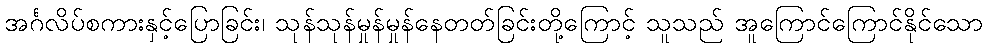
အင်္ဂလိပ်စကားနှင့်ပြောခြင်း၊ သုန်သုန်မှုန်မှုန်နေတတ်ခြင်းတို့ကြောင့် သူသည် အူကြောင်ကြောင်နိုင်သော